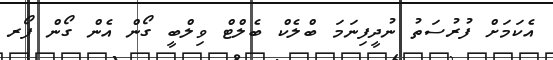
އެކަމަށް ފުރުސަތު ނުދީފިނަމަ ބްލެކް ބެލްޓް ވިލްބީ ގޯން އެން ގޯން ފޯރ